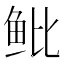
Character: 𱇒